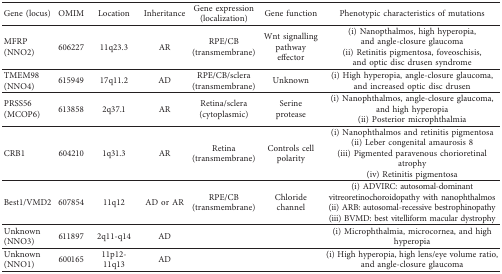
<table><thead><tr><td><b>Gene (locus)</b></td><td><b>OMIM</b></td><td><b>Location</b></td><td><b>Inheritance</b></td><td><b>Gene expression (localization)</b></td><td><b>Gene function</b></td><td><b>Phenotypic characteristics of mutations</b></td></tr></thead><tbody><tr><td>MFRP (NNO2)</td><td>606227</td><td>11q23.3</td><td>AR</td><td>RPE/CB (transmembrane)</td><td>Wnt signalling pathway effector</td><td>(i) Nanopthalmos, high hyperopia, and angle-closure glaucoma(ii) Retinitis pigmentosa, foveoschisis, and optic disc drusen syndrome</td></tr><tr><td>TMEM98 (NNO4)</td><td>615949</td><td>17q11.2</td><td>AD</td><td>RPE/CB/sclera (transmembrane)</td><td>Unknown</td><td>(i) High hyperopia, angle-closure glaucoma, and increased optic disc drusen</td></tr><tr><td>PRSS56 (MCOP6)</td><td>613858</td><td>2q37.1</td><td>AR</td><td>Retina/sclera (cytoplasmic)</td><td>Serine protease</td><td>(i) Nanophthalmos, angle-closure glaucoma, and high hyperopia(ii) Posterior microphthalmia</td></tr><tr><td>CRB1</td><td>604210</td><td>1q31.3</td><td>AR</td><td>Retina (transmembrane)</td><td>Controls cell polarity</td><td>(i) Nanophthalmos and retinitis pigmentosa(ii) Leber congenital amaurosis 8(iii) Pigmented paravenous chorioretinal atrophy(iv) Retinitis pigmentosa</td></tr><tr><td>Best1/VMD2</td><td>607854</td><td>11q12</td><td>AD or AR</td><td>RPE/CB (transmembrane)</td><td>Chloride channel</td><td>(i) ADVIRC: autosomal-dominant vitreoretinochoroidopathy with nanophthalmos(ii) ARB: autosomal-recessive bestrophinopathy(iii) BVMD: best vitelliform macular dystrophy</td></tr><tr><td>Unknown (NNO3)</td><td>611897</td><td>2q11-q14</td><td>AD</td><td> </td><td> </td><td>(i) Microphthalmia, microcornea, and high hyperopia</td></tr><tr><td>Unknown (NNO1)</td><td>600165</td><td>11p12-11q13</td><td>AD</td><td> </td><td> </td><td>(i) High hyperopia, high lens/eye volume ratio, and angle-closure glaucoma</td></tr></tbody></table>